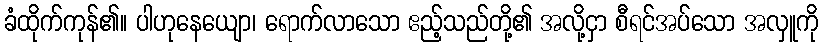
ခံထိုက်ကုန်၏။ ပါဟုနေယျော၊ ရောက်လာသော ဧည့်သည်တို့၏ အလို့ငှာ စီရင်အပ်သော အလှူကို